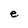
Character: e